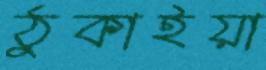
ঠুকাইয়া